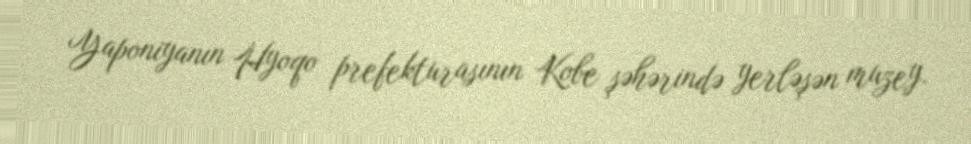
Yaponiyanın Hyoqo prefekturasının Kobe şəhərində yerləşən muzey.